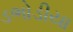
ડભોડીયા